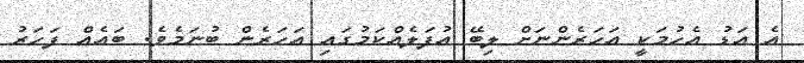
އެ އަޑު އެހުމަކީ އަހަރެންނަށް ލިބޭ އުފަލެއްކަމުގައި އަހަރެން ބުނަމެވެ. ބައެއް ފަހަރު